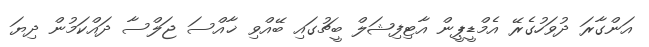
އަންގާރަ ދުވަހުގެރޭ އެމްޑީޕީން އާޓިފިޝަލް ބީޗުގައި ބޭއްވި ޚާއްސަ ޖަލްސާ ދައްކަމުން ދިޔަ